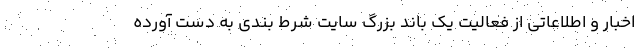
اخبار و اطلاعاتی از فعالیت یک باند بزرگ سایت شرط بندی به دست آورده